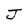
Character: J